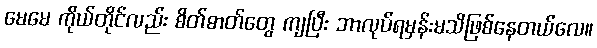
မေမေ ကိုယ်တိုင်လည်း စိတ်ဓာတ်တွေ ကျပြီး ဘာလုပ်ရမှန်းမသိဖြစ်နေတယ်လေ။